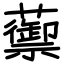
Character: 蘌